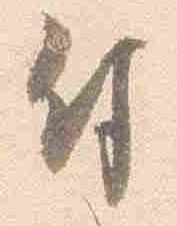
付